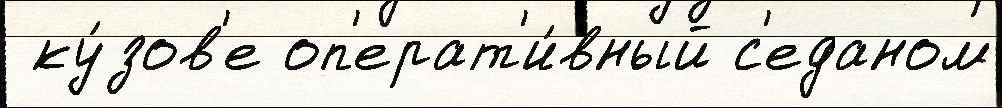
 ку́зов'е оп'ерат'и́вный с'еданом